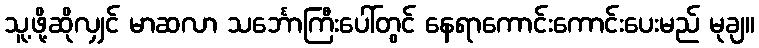
သူ့ဖို့ဆိုလျှင် မာဆလာ သင်္ဘောကြီးပေါ်တွင် နေရာကောင်းကောင်းပေးမည် မုချ။